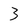
Character: 3